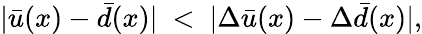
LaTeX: |\bar{u}(x)-\bar{d}(x)|\ <\ |\Delta\bar{u}(x)-\Delta\bar{d}(x)|,